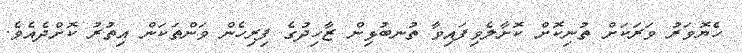
ހެޔޮވަރު ވަރަކަށް ތުނިކޮށް ކޮށާލެވިފައިވާ ތުނބުޅިން ޒާހިދުގެ ފިރިހެން ވަންތަކަން އިތުރު ކޮށްދެއެވެ.